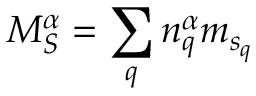
{ M } _ { S } ^ { \alpha } = \sum _ { q } { n } _ { q } ^ { \alpha } { m } _ { { s } _ { q } }